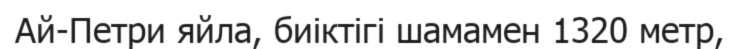
Ай-Петри яйла, биіктігі шамамен 1320 метр,